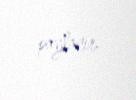
paylanır.